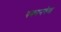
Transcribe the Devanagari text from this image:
पकानवेल